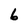
Character: 6